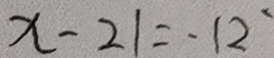
x - 2 1 = - 1 2